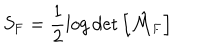
S _ { \mathrm { F } } = \frac { 1 } { 2 } \log \det \left[ \hat { \cal M } _ { \mathrm { F } } \right]